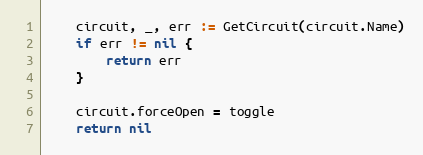
Language: Go
	circuit, _, err := GetCircuit(circuit.Name)
	if err != nil {
		return err
	}

	circuit.forceOpen = toggle
	return nil